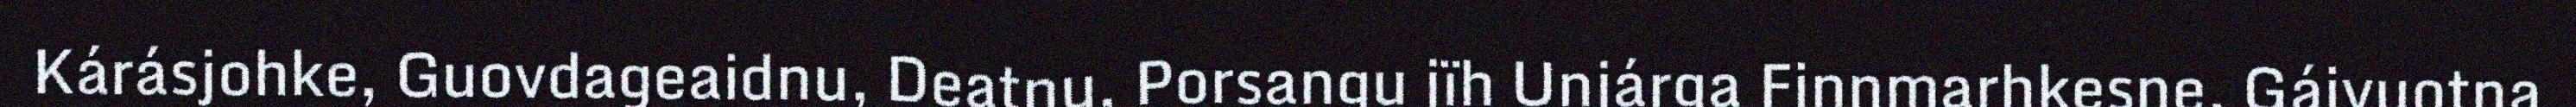
Kárásjohke, Guovdageaidnu, Deatnu, Porsangu jïh Unjárga Finnmarhkesne, Gáivuotna